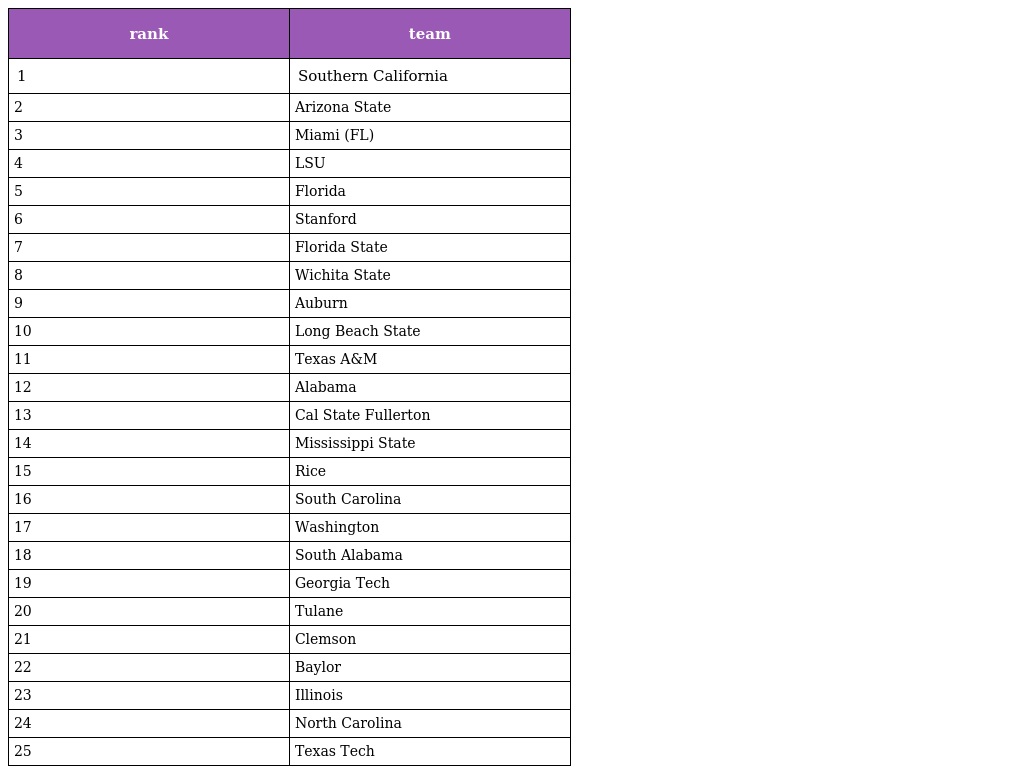
| rank | team |
 | --- | --- |
 | 1 | Southern California |
 | 2 | Arizona State |
 | 3 | Miami (FL) |
 | 4 | LSU |
 | 5 | Florida |
 | 6 | Stanford |
 | 7 | Florida State |
 | 8 | Wichita State |
 | 9 | Auburn |
 | 10 | Long Beach State |
 | 11 | Texas A&M |
 | 12 | Alabama |
 | 13 | Cal State Fullerton |
 | 14 | Mississippi State |
 | 15 | Rice |
 | 16 | South Carolina |
 | 17 | Washington |
 | 18 | South Alabama |
 | 19 | Georgia Tech |
 | 20 | Tulane |
 | 21 | Clemson |
 | 22 | Baylor |
 | 23 | Illinois |
 | 24 | North Carolina |
 | 25 | Texas Tech |